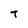
Character: T